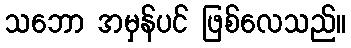
သဘော အမှန်ပင် ဖြစ်လေသည်။